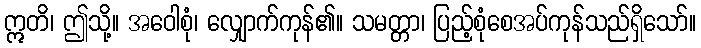
ဣတိ၊ ဤသို့။ အဝေါစုံ၊ လျှောက်ကုန်၏။ သမတ္တာ၊ ပြည့်စုံစေအပ်ကုန်သည်ရှိသော်။